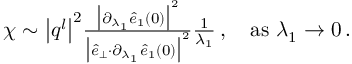
\begin{array} { r } { \chi \sim \big \vert \boldsymbol { q } ^ { l } \big \vert ^ { 2 } \frac { \big \vert \partial _ { \lambda _ { 1 } } \hat { e } _ { 1 } ( 0 ) \big \vert ^ { 2 } } { \big \vert \hat { e } _ { \perp } { \cdot } \partial _ { \lambda _ { 1 } } \hat { e } _ { 1 } ( 0 ) \big \vert ^ { 2 } } \frac { 1 } { \lambda _ { 1 } } \, , ~ ~ ~ \mathrm { a s } ~ \lambda _ { 1 } \rightarrow 0 \, . } \end{array}